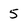
Character: 5